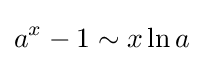
a^{x}-1\sim x\ln a